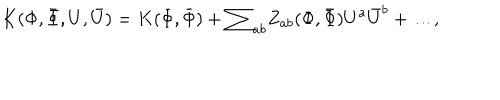
LaTeX: K ( \Phi , { \bar { \Phi } } , U , { \bar { U } } ) = K ( { \Phi } , { \bar { \Phi } } ) + { \sum } _ { a b } Z _ { a b } ( { \Phi } , { \bar { \Phi } } ) U ^ { a } { \bar { U } } ^ { b } + { \dots } ,